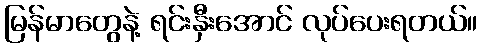
မြန်မာတွေနဲ့ ရင်းနှီးအောင် လုပ်ပေးရတယ်။